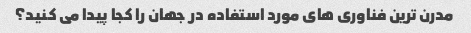
مدرن ترین فناوری های مورد استفاده در جهان را کجا پیدا می کنید؟